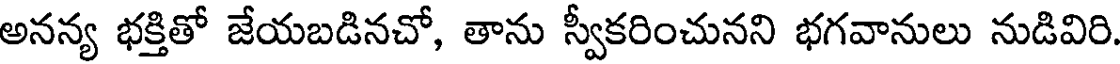
అనన్య భక్తితో జేయబడినచో, తాను స్వీకరించునని భగవానులు నుడివిరి.